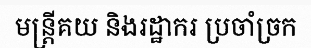
មន្ត្រីគយ និងរដ្ឋាករ ប្រចាំច្រក